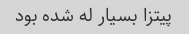
پیتزا بسیار له شده بود